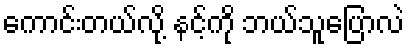
ကောင်းတယ်လို့ နင့်ကို ဘယ်သူပြောလဲ